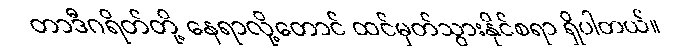
တာဒီဂရိတ်တို့ နေရာလို့တောင် ထင်မှတ်သွားနိုင်စရာ ရှိပါတယ်။